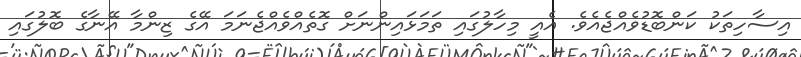
އިސާހިތަކު ކަންބޮޑުވެއްޖެއެވެ. އެއީ މިހާލުގައި ތަމަޅައިންނަށް ގޮތެއްވެއްޖެނަމަ އޭގެ ޒިންމާ އޭނާގެ ބޮލުގައި